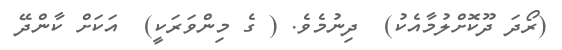
(ރޯދަ ދޫކޮށްލުމާއެކު)  ދިނުމެވެ. ( ގެ މިންވަރަކީ)  އަކަށް ކާންދޭ